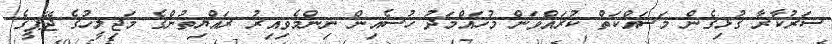
ސަރުކާރާ ގުޅިގެން މަަސައްކަތް ކުރައްވަން މުހައްމަދު ހުސެއިން ނިންމެވިއިރު ރައްޔިތުންގެ މަޖިލީހުގެ ޖޭޕީގެ